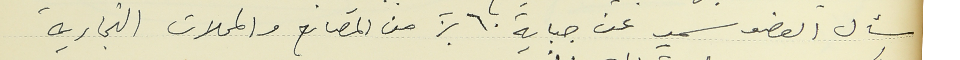
سأل العضو سمير عن جباية ٦٠% من المصانع والمحلات التجارية